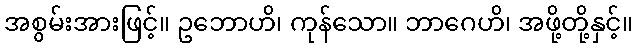
အစွမ်းအားဖြင့်။ ဥဘောဟိ၊ ကုန်သော။ ဘာဂေဟိ၊ အဖို့တို့နှင့်။